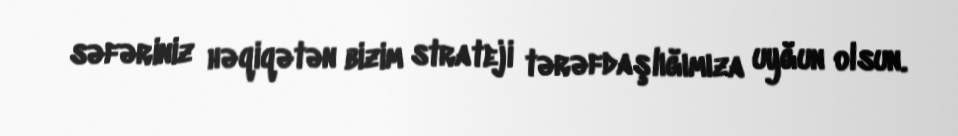
səfəriniz həqiqətən bizim strateji tərəfdaşlığımıza uyğun olsun.